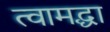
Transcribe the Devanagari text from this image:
त्वामद्धा